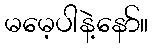
မမေ့ပါနဲ့နော်။